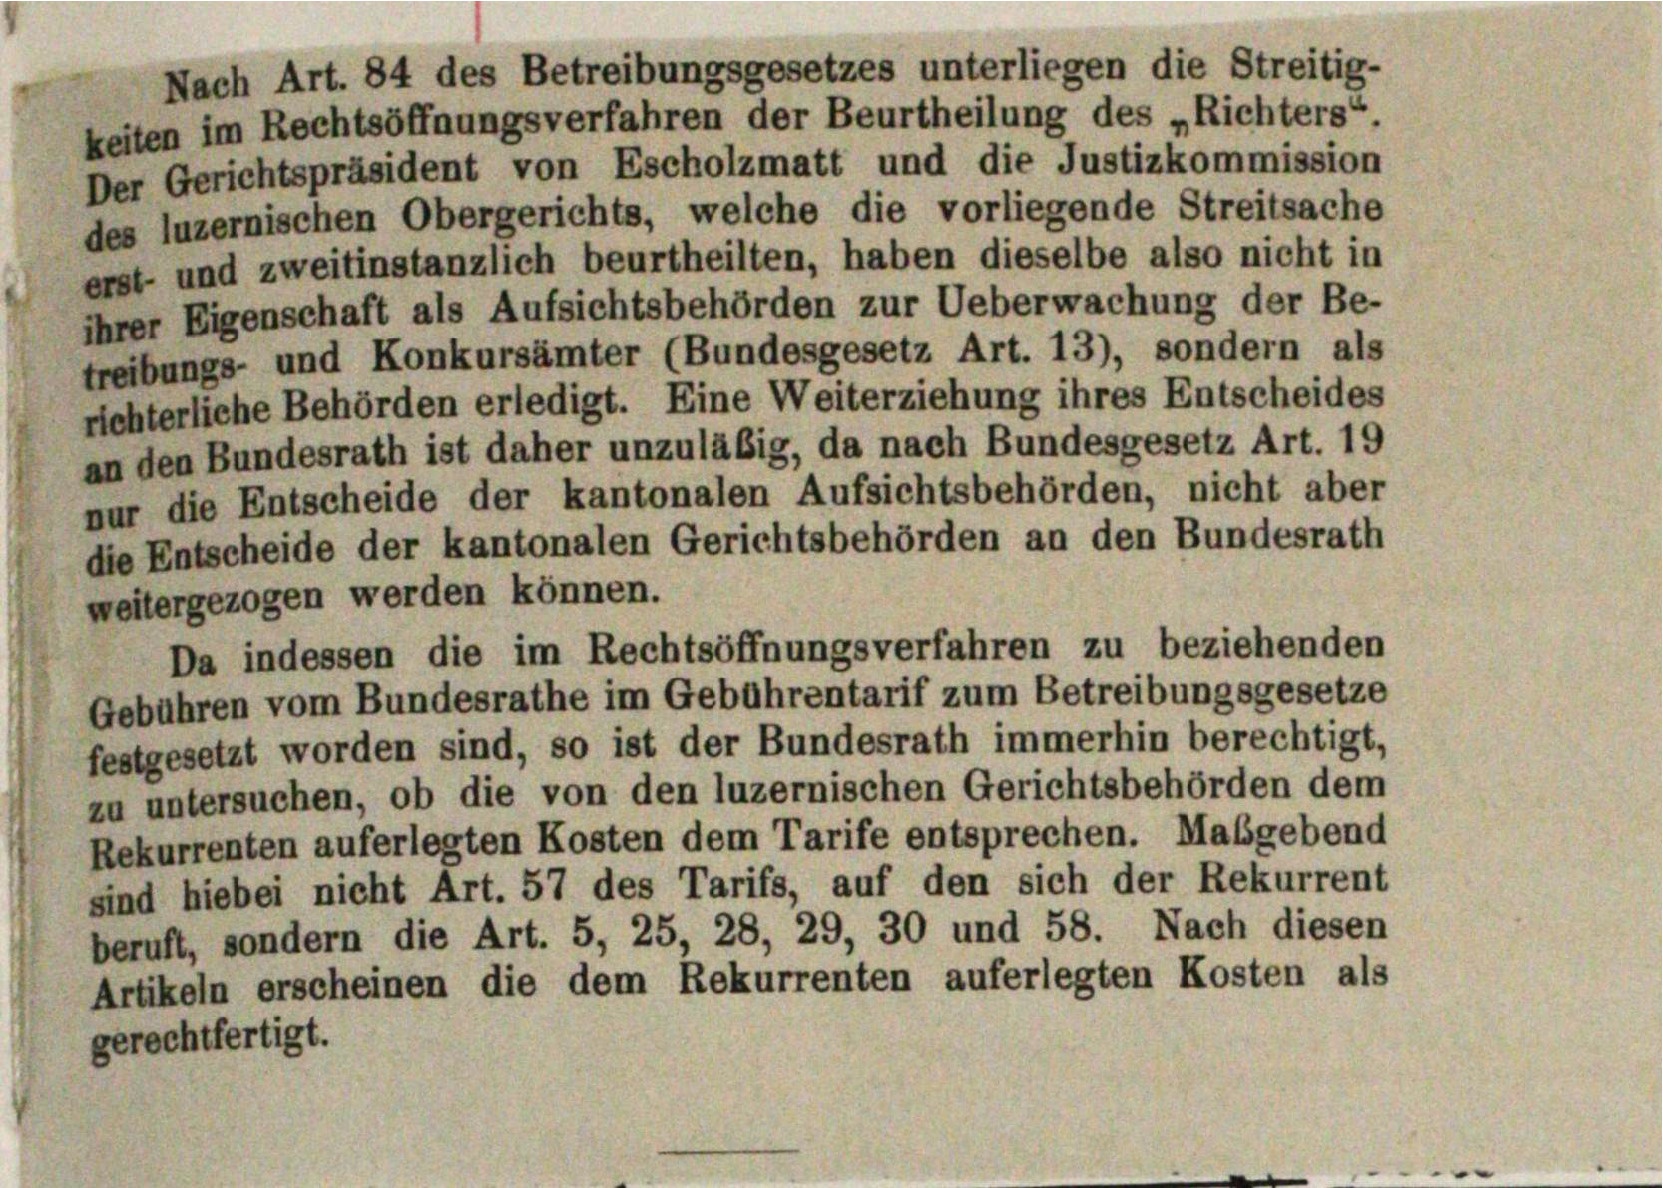
erst und zweitinstanzlich beurtheilten, haben dieselbe also nicht in
ihrer Eigenschaft als Aufsichtsbehörden zur Ueberwachung der Be-
treibungs- und Konkursämter (Bundesgesetz Art. 13), sondern als
richterliche Behörden erledigt. Eine Weiterziehung ihres Entscheides
an den Bundesrath ist daher unzuläßig, da nach Bundesgesetz Art. 19
weitergezogen werden können.
Da indessen die im Rechtsöffnungsverfahren zu beziehenden
Gebühren vom Bundesrathe im Gebührentarif zum Betreibungsgesetze
festgesetzt worden sind, so ist der Bundesrath immerhin berechtigt,
zu untersuchen, ob die von den luzernischen Gerichtsbehörden dem
Rekurrenten auferlegten Kosten dem Tarife entsprechen. Maßgebend
sind hiebei nicht Art. 57 des Tarifs, auf den sich der Rekurrent
beruft, sondern die Art. 5, 25, 28, 29, 30 und 58. Nach diesen
Artikeln erscheinen die dem Rekurrenten auferlegten Kosten als
gerechtfertigt.

Nach Art. 84 des Betreibungsgesetzes unterliegen die Streitig-
Der Gerichtspräsident von Escholzmatt und die Justizkommission
des luzernischen Obergerichts, welche die vorliegende Streitsache

nur die Entscheide der kantonalen Aufsichtsbehörden, nicht aber
die Entscheide der kantonalen Gerichtsbehörden an den Bundesrath

keiten im Rechtsöffnungsverfahren der Beurtheilung des „Richters“.